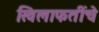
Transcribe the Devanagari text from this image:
खिलाफतींचे